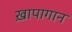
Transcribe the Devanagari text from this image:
ख़ापागान